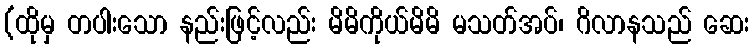
(ထိုမှ တပါးသော နည်းဖြင့်လည်း မိမိကိုယ်မိမိ မသတ်အပ်၊ ဂိလာနသည် ဆေး